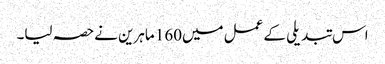
اس تبدیلی کے عمل میں160 ماہرین نےحصہ لیا۔